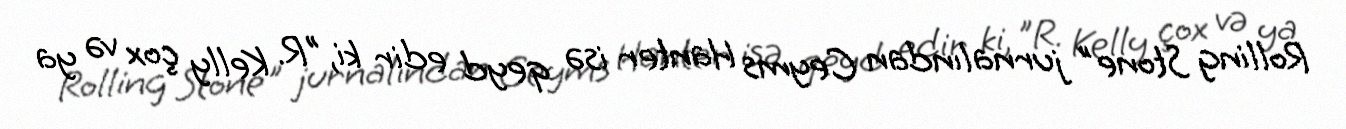
Rolling Stone" jurnalından Ceyms Hanter isə qeyd edir ki, "R. Kelly çox və ya